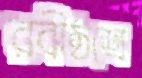
রবীষ্ঠশ্রে